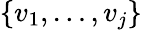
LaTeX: \{ v_{1},\ldots,v_{j}\}